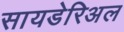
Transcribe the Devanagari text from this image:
सायडेरिअल